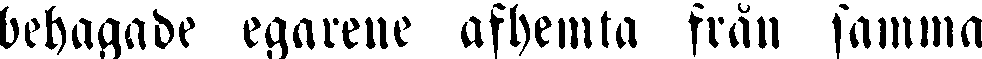
behagade egarene afhemta från samma